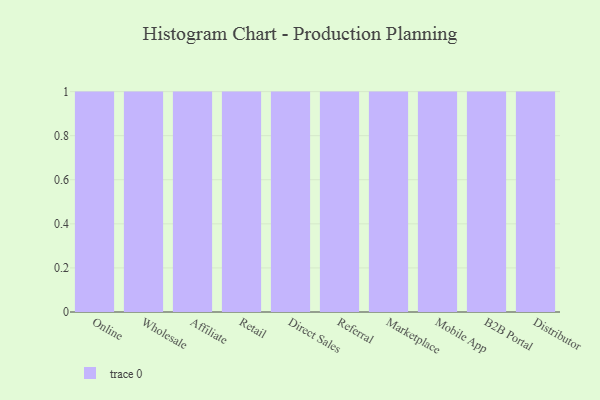
{"axis": {"x": "Channel", "y": "Temperature (°C)"}, "legend": [""], "data": [{"x": "Online", "y": 36, "type": ""}, {"x": "Wholesale", "y": 89, "type": ""}, {"x": "Affiliate", "y": 3, "type": ""}, {"x": "Retail", "y": 100, "type": ""}, {"x": "Direct Sales", "y": 89, "type": ""}, {"x": "Referral", "y": 85, "type": ""}, {"x": "Marketplace", "y": 90, "type": ""}, {"x": "Mobile App", "y": 42, "type": ""}, {"x": "B2B Portal", "y": 12, "type": ""}, {"x": "Distributor", "y": 50, "type": ""}]}